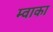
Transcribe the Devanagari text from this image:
म्वाका